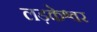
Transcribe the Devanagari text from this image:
लड़केश्वर